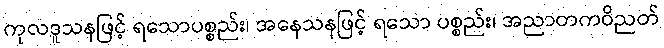
ကုလဒူသနဖြင့် ရသောပစ္စည်း၊ အနေသနဖြင့် ရသော ပစ္စည်း၊ အညာတကဝိညတ်